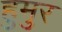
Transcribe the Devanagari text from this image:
हुमुर